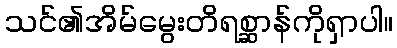
သင်၏အိမ်မွေးတိရစ္ဆာန်ကိုရှာပါ။